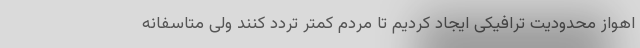
اهواز محدودیت ترافیکی ایجاد کردیم تا مردم کمتر تردد کنند ولی متاسفانه